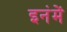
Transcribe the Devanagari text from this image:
इनंमें